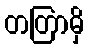
တတြာမှိ